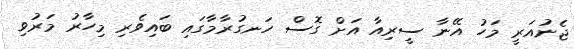
ޖެނުއަރީ މަހު އޭނާ ސީރިއާ އަށް ގޮސް ހަނގުރާމާގައި ބައިވެރި މިހާރު މަރުވި